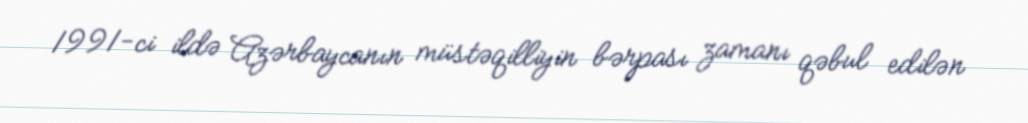
1991-ci ildə Azərbaycanın müstəqilliyin bərpası zamanı qəbul edilən